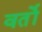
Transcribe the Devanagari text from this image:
वर्तो